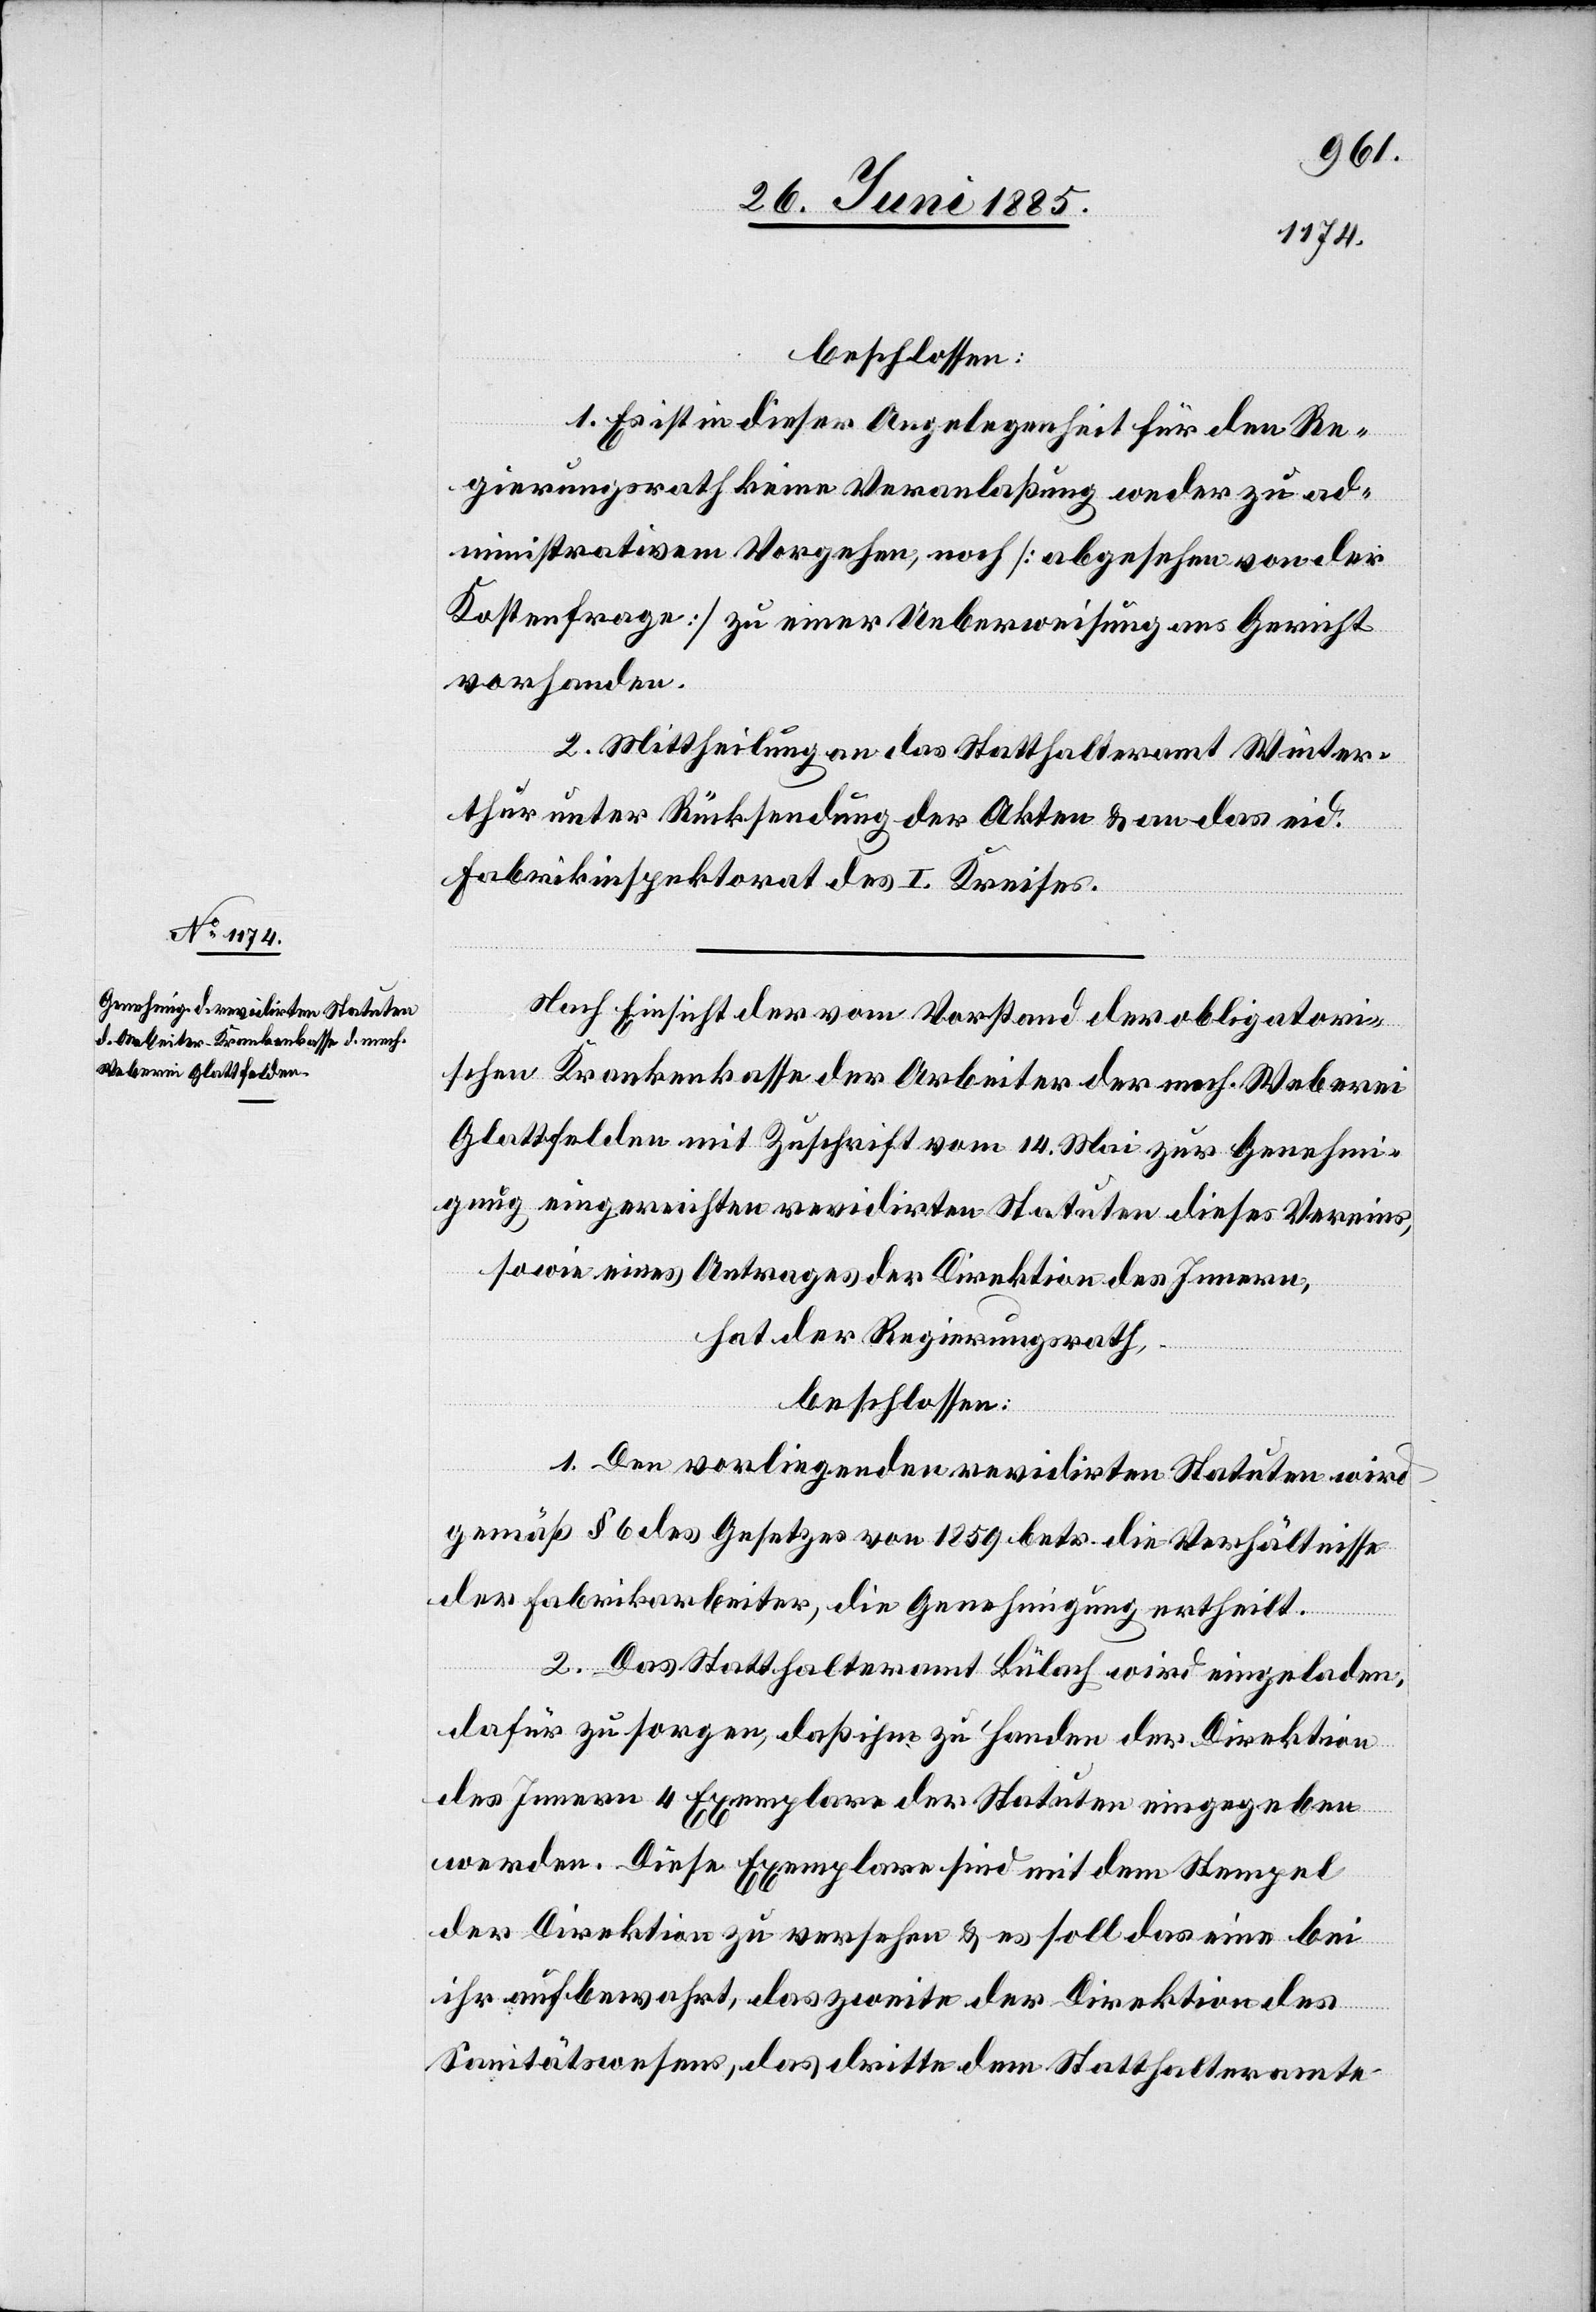
beschlossen:
1. Es ist in dieser Angelegenheit für den Re¬
gierungsrath keine Veranlaßung weder zu ad¬
ministrativem Vorgehen noch [abgesehen von der
Kostenfrage] zu einer Ueberweisung ans Gericht
vorhanden.
2. Mittheilung an das Statthalteramt Winter¬
thur unter Rücksendung der Akten & an das eid.
Fabrikinspektorat des I. Kreises.
Nach Einsicht der vom Vorstand der obligatori¬
schen Krankenkasse der Arbeiter der mech. Weberei
Glattfelden mit Zuschrift vom 14. Mai zu Genehmi¬
gung, eingereichten revidirten Statuten dieses Vereins,
sowie eines Antrages der Direktion des Innern,
hat der Regierungsrath,
beschlossen:
1. Den vorliegenden revidirten Stauten wird
gemäß § 6 des Gesetzes von 1859 betr. die Verhältnisse
der Fabrikarbeiter, die Genehmigung ertheilt.
2. Das Statthalteramt Bülach wird eingeladen,
dafür zu sorgen, daß ihm zu Handen der Direktion
des Innern 4 Exemplare der Stauten eingegeben
werden. Diese Exemplare sind mit dem Stempel
der Direktion zu versehen & es soll das eine bei
ihr aufbewahrt, das zweite der Direktion des
Sanitätswesens, das dritte dem Statthalteramte